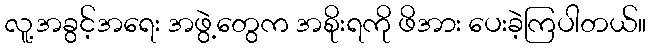
လူ့အခွင့်အရေး အဖွဲ့တွေက အစိုးရကို ဖိအား ပေးခဲ့ကြပါတယ်။